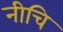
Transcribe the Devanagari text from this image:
नीचि